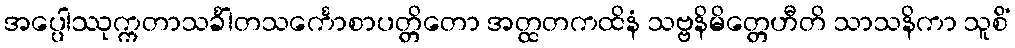
အပ္ပေါဿုက္ကတာသင်္ခါတသင်္ကောစာပတ္တိတော အတ္ထတကထိနံ သဗ္ဗနိမိတ္တေဟီတိ သာသနိကာ သူစိံ